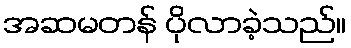
အဆမတန် ပိုလာခဲ့သည်။